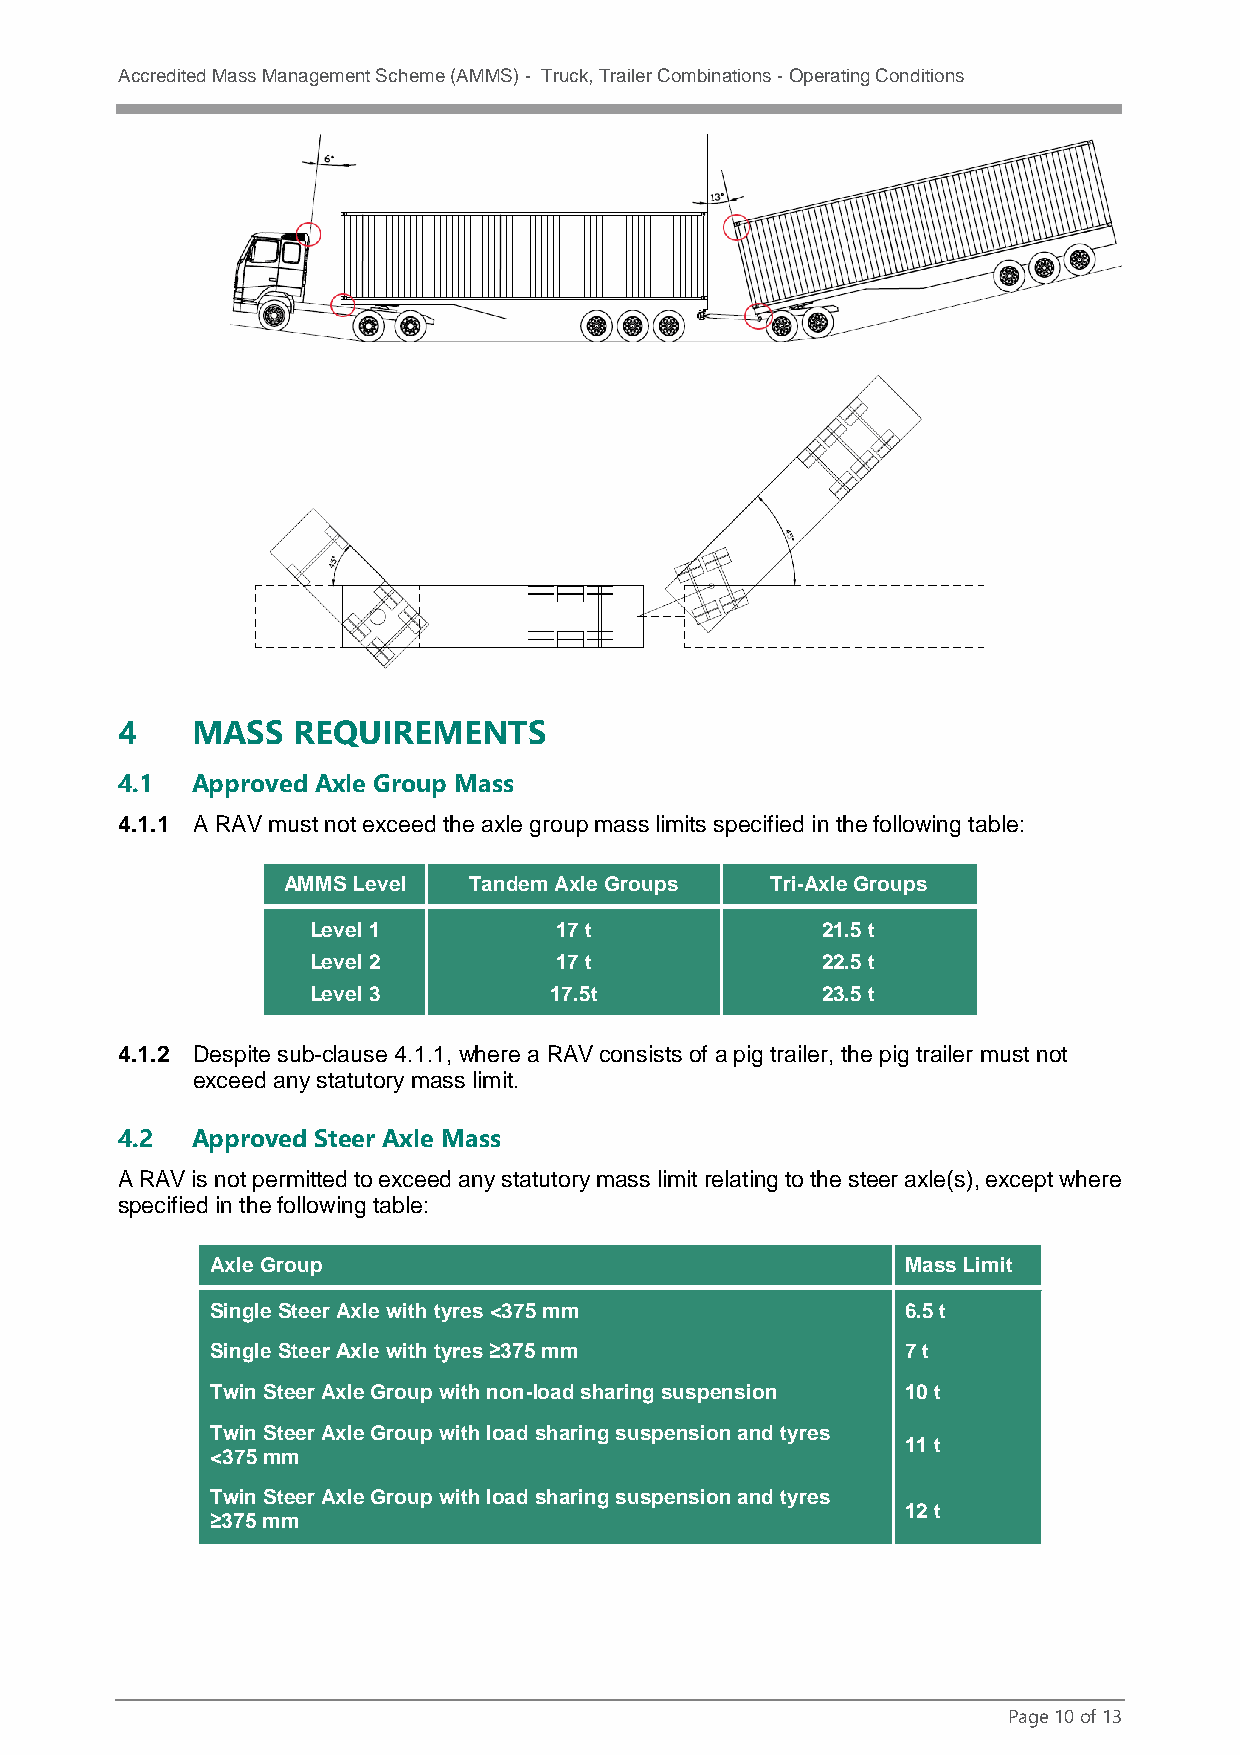
Accredited Mass Management Scheme (AMMS) - Truck, Trailer Combinations - Operating Conditions
 4    MASS  REQUIREMENTS
 4.1  Approved Axle Group Mass
 4.1.1 A RAV must not exceed the axle group mass limits specified in the following table:
 AMMS Level  Tandem Axle Groups  Tri-Axle Groups
 Level 1          17 t             21.5 t
 Level 2          17 t             22.5 t
 Level 3         17.5t             23.5 t
 4.1.2 Despite sub-clause 4.1.1, where a RAV consists of a pig trailer, the pig trailer must not
 exceed any statutory mass limit.
 4.2  Approved Steer Axle Mass
 A RAV is not permitted to exceed any statutory mass limit relating to the steer axle(s), except where
 specified in the following table:
 Axle Group                                    Mass Limit
 Single Steer Axle with tyres <375 mm          6.5 t
 Single Steer Axle with tyres ≥375 mm          7 t
 Twin Steer Axle Group with non-load sharing suspension 10 t
 Twin Steer Axle Group with load sharing suspension and tyres
 11 t
 <375 mm
 Twin Steer Axle Group with load sharing suspension and tyres
 12 t
 ≥375 mm
 Page 10 of 13